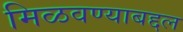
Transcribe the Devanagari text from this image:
मिळवण्याबद्दल